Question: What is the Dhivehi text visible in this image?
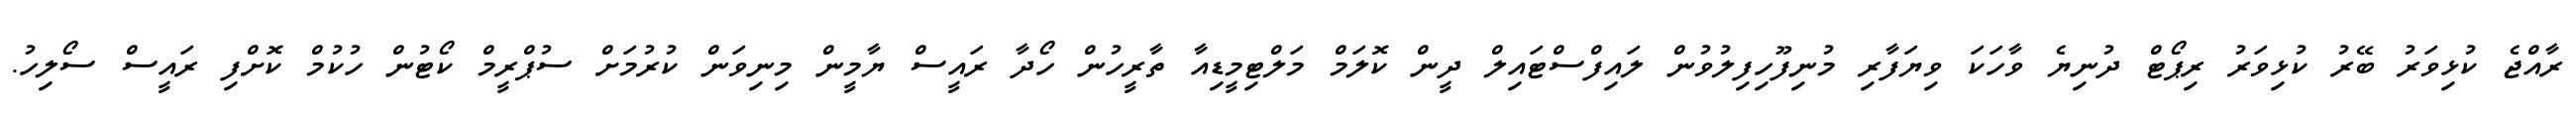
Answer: ރާއްޖެ ކުޅިވަރު ބޭރު ކުޅިވަރު ރިޕޯޓް ދުނިޔެ ވާހަކަ ވިޔަފާރި މުނިފޫހިފިލުވުން ލައިފްސްޓައިލް ދީން ކޮލަމް މަލްޓިމީޑިއާ ތާރީހުން ހޯދާ ރައީސް ޔާމީން މިނިވަން ކުރުމަށް ސުޕްރީމް ކޯޓުން ހުކުމް ކޮށްފި ރައީސް ސޯލިހު.